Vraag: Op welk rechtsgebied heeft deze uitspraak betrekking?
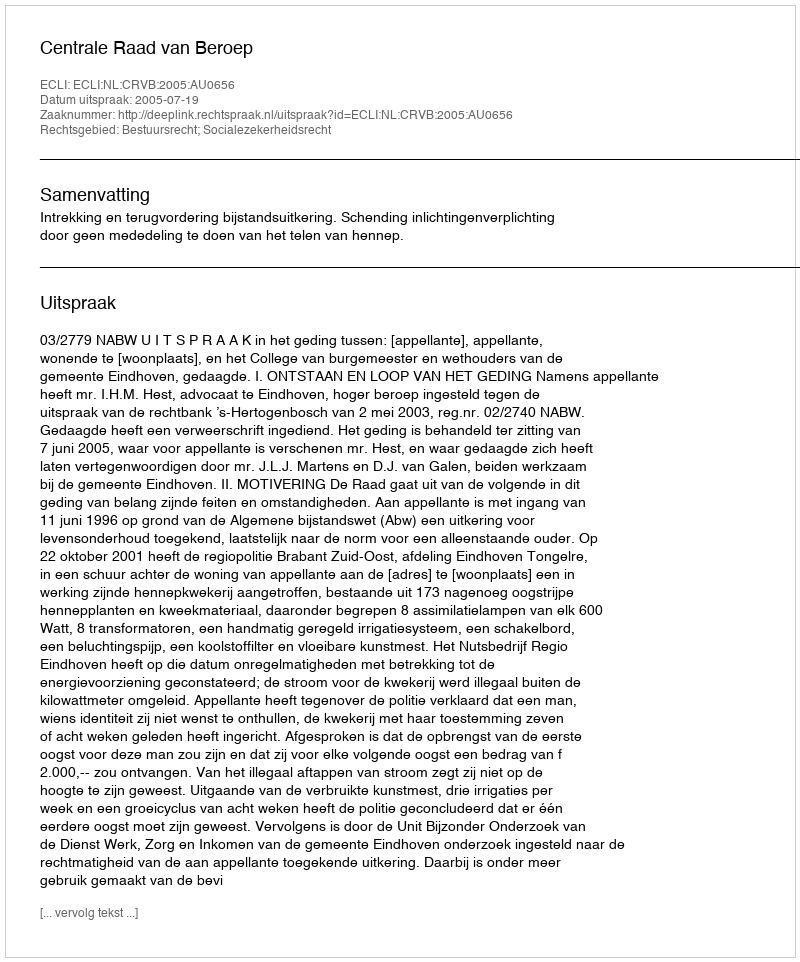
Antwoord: Bestuursrecht; Socialezekerheidsrecht